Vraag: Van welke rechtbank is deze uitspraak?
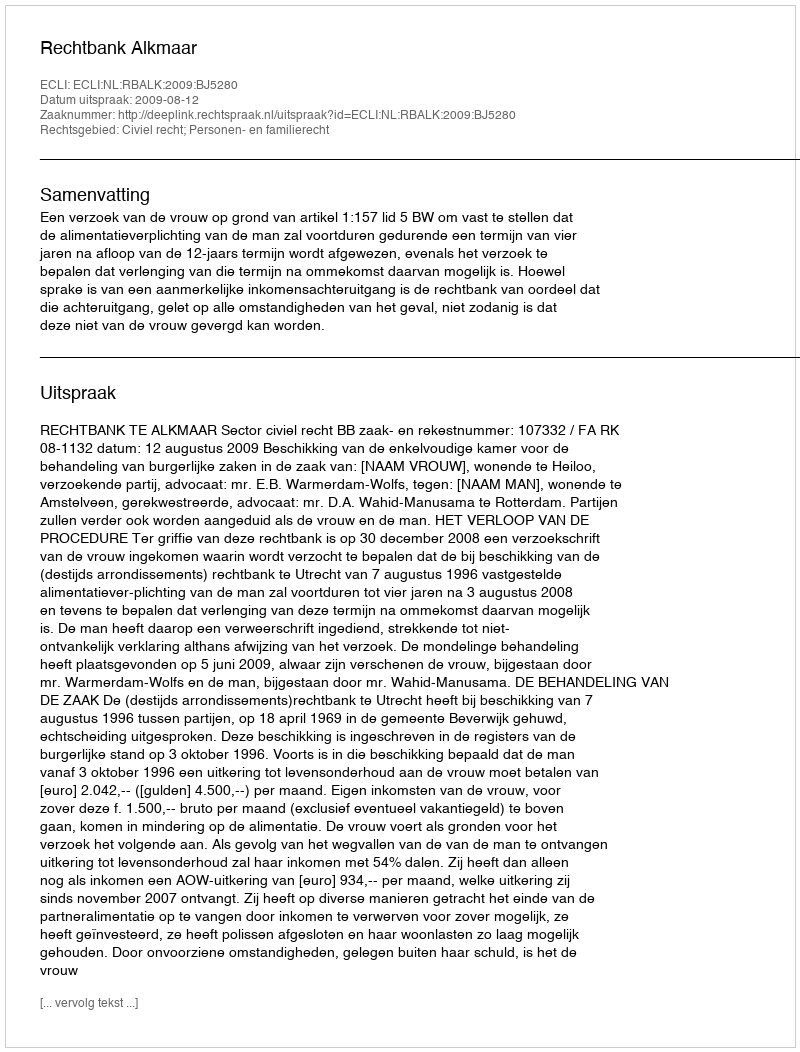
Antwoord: Rechtbank Alkmaar